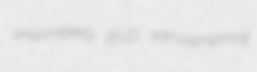
unsomberly BVD sarcasmproof